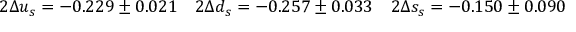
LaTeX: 2 \Delta u _ { s } = - 0 . 2 2 9 \pm 0 . 0 2 1 \quad 2 \Delta d _ { s } = - 0 . 2 5 7 \pm 0 . 0 3 3 \quad 2 \Delta s _ { s } = - 0 . 1 5 0 \pm 0 . 0 9 0